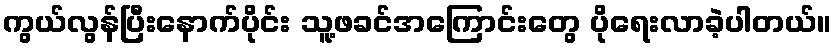
ကွယ်လွန်ပြီးနောက်ပိုင်း သူ့ဖခင်အကြောင်းတွေ ပိုရေးလာခဲ့ပါတယ်။